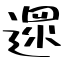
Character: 遝